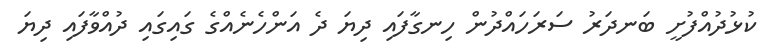
ކުޅުދުއްފުށީ ބަނދަރު ސަރަހައްދުން ހިނގާފައި ދިޔަ ދެ އަންހެނެއްގެ ގައިގައި ދުއްވާފައި ދިޔަ